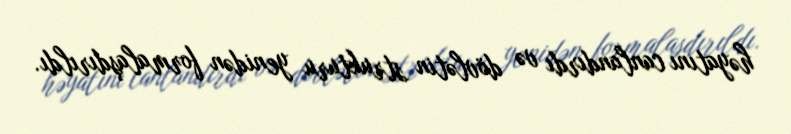
həyatını canlandırdı və dövlətin strukturu yenidən formalaşdırıldı.